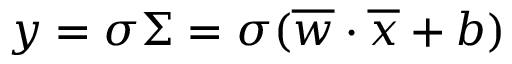
y = \sigma \Sigma = \sigma ( \overline { { w } } \cdot \overline { { x } } + b )